Report on sanitation, dispensaries, and jails in Rajputana for 1917, and on vaccination for the year 1917-1918 - 1917-1918
Year: 1917
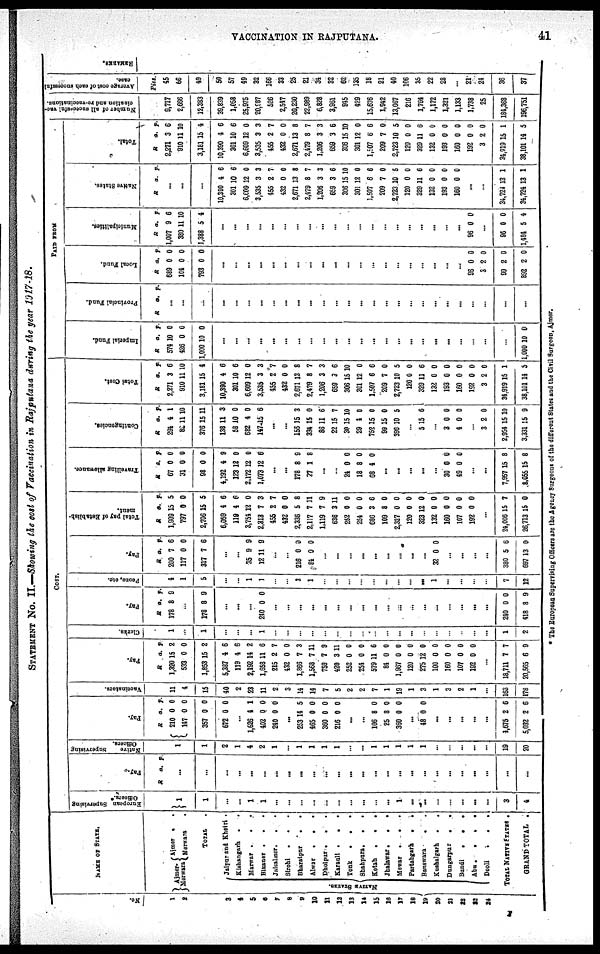
VACCINATION IN RAJPUTANA.
41
STATEMENT NO. II.—Showing the cost of Vaccination in Rajputana during the year 1917-18.
No.
1
2
3
4
5
6
7
8
9
10
11
12
13
14
15
16
17
18
19
20
21
22
23
24
NAME OF STATE.
Ajmer. .
Merwara
Ajmer . .
Merwara .
TOTAL .
NATIVE STATES
Jaipur and Khetri .
Kishangarh . .
Marwar . .
.
Bikaner .
.
.
Jaisalmer . .
.
Sirohi . . .
Bharatpur .
.
Alwar
.
.
.
Dholpur .
.
.
Karauli .
.
.
Tonk
.
.
.
Shahpura .
.
.
Kotah
.
.
.
Jhalawar .
.
.
Mewar
.
.
.
Partabgarh
.
.
Banawara
.
.
Kushalgarh
.
.
Dungarpur
.
.
Bundi
.
.
.
Abu.
.
.
.
Deoli.
.
.
TOTAL NATIVE STATES .
GRAND TOTAL .
COST.
European Supervising
Officers.*
1
1
...
...
1
1
...
...
...
...
...
...
...
...
...
...
1
...
...
...
...
...
...
...
3
4
Pay.
R
a. p.
...
...
...
...
...
...
...
...
...
...
...
...
...
...
...
...
...
...
...
...
...
...
...
...
...
...
Native
Supervising
Officers.
1
1
2
1
4
2
1
...
1
1
1
1
...
...
1
1
1
1
1
...
...
...
...
...
19
20
Pay.
R
210
147
357
672
a.
0
0
0
0
p.
0
0
0
0
...
1,626
402
240
4
0
0
1
0
0
...
253
465
360
216
14
0
0
0
5
0
0
0
...
...
106
25
360
8
8
0
0
0
0
...
48 0 0
...
...
...
...
...
4675
5,032
2
2
6
6
Vaccinators.
11
4
15
40
2
23
11
2
3
14
14
7
5
2
2
7
1
19
1
3
1
3
2
1
...
163
178
Pay.
R
1,320
533
1,853
5,387
119
2,192
1,658
215
432
1,866
1,568
759
420
252
254
579
84
1,967
120
275
100
160
107
192
a.
15
0
15
4
4
14
11
2
0
7
7
7
3
0
0
11
0
0
0
12
0
0
0
0
p.
2
0
2
6
6
2
6
7
0
3
11
9
11
0
0
6
0
0
0
0
0
0
0
0
...
18,711
20,565
7
6
7
9
Clerks.
1
...
1
...
...
...
1
...
...
...
...
...
...
...
...
...
...
...
...
...
...
...
...
...
...
1
2
Pay.
R
178
a.
8
p.
9
...
178 8 9
...
...
...
240 0 0
...
...
...
...
...
...
...
...
...
...
...
...
...
...
...
...
...
...
240
418
0
8
0
9
Peons, etc.
4
1
5
...
...
1
1
...
...
3
1
...
...
...
...
...
...
...
...
...
1
...
...
...
...
7
12
Pay.
R
200
117
317
a.
7
0
7
p.
6
0
6
...
...
35
12
9
11
9
9
...
...
216
84
0
0
0
0
...
...
...
...
...
...
...
...
...
32 0 0
...
...
...
...
380
697
5
13
6
0
Total pay of Establish-
ment.
R
1,909
797
2,706
6,059
119
3,754
2,313
455
432
2,336
2,117
1,119
636
252
254
686
109
2,327
120
323
132
160
107
192
a.
15
0
15
4
4
12
7
2
0
5
7
7
3
0
0
3
8
0
0
12
0
0
0
0
p.
5
0
5
6
6
0
3
7
0
8
11
9
11
0
0
6
0
0
0
0
0
0
0
0
...
24,006
26,713
15
15
7
0
Travelling allowance.
R
67
31
98
4,192
123
2,172
1,072
a.
0
0
0
4
12
12
12
p.
0
0
0
9
0
0
6
...
...
178
27
8
1
9
8
...
...
24
18
68
0
8
4
0
0
0
...
...
...
...
...
30
49
0
0
0
0
...
...
7,957
8,055
15
15
8
8
Contingencies.
R
294
82
376
138
58
682
147
a.
4
11
15
11
10
4
15
p.
1
10
11
3
0
0
6
...
...
156
334
86
22
30
29
752
99
396
15
15
11
15
15
4
15
15
10
3
0
6
7
10
0
0
0
5
...
5 15 6
...
3
4
0
0
0
0
...
3
2,954
3,331
2
15
15
0
10
9
Total Cost.
R
2,271
910
3,181
10,390
301
6,609
3,535
455
432
2,671
2,479
1,206
659
306
301
1,507
209
2,723
120
329
132
193
160
192
3
34,919
38,101
a.
3
11
15
4
10
12
3
2
0
13
8
3
3
15
12
6
7
10
0
11
0
0
0
0
2
15
14
p.
6
10
4
6
6
0
3
7
0
8
7
3
6
10
0
6
0
5
0
6
0
0
0
0
0
1
5
PAID FROM
Imperial Fund.
R
574
426
1,000
a
10
0
10
p.
0
0
0
...
...
...
...
...
...
...
...
...
...
...
...
...
...
...
...
...
...
...
...
...
...
...
1,000 10 0
Provincial Fund.
R
a. p.
...
...
...
...
...
...
...
...
...
...
...
...
...
...
...
...
...
...
...
...
...
...
...
...
...
...
Local Fund.
R
689
104
793
a.
0
0
0
p.
0
0
0
...
...
...
...
...
...
...
...
...
...
...
...
...
...
...
...
...
...
...
...
96
3
99
892
0
2
2
2
0
0
0
0
Municipalities.
R
1,007
380
1,388
a.
9
11
5
p.
6
10
4
...
...
...
...
...
...
...
...
...
...
...
...
...
...
...
...
...
...
...
...
96 0 0
...
96
1,484
0
5
0
4
Native States.
R a. p.
...
...
...
10,390
301
6,609
3,535
455
432
2,671
2,479
1,206
659
306
301
1,507
209
2,723
120
329
132
193
160
4
10
12
3
2
0
13
8
3
3
151
12
6
7
10
0
11
0
0
0
6
6
0
3
7
0
8
7
3
6
10
0
6
0
5
0
6
0
0
0
...
...
34,724
34,724
13
13
1
1
Total.
R
2,271
910
3,181
10,390
301
6,609
3,535
455
432
2,671
2,479
1,206
659
306
301
1,507
209
2,723
120
329
132
193
160
192
3
34,919
38,101
a.
3
11
15
4
10
12
3
2
0
13
8
3
3
15
12
6
7
10
0
11
0
0
0
0
2
15
14
p.
6
10
4
6
6
0
3
7
0
8
7
3
6
10
0
6
0
5
0
6
0
0
0
0
0
1
5
Number of all successful vac-
cination and re-vaccinations.
9,717
2,666
12,383
39,839
1,058
25,975
20,987
526
2,547
20,230
22,989
6,828
3,961
945
429
15,676
1,942
13,067
216
1,764
1,172
1,321
1,133
1,738
25
184,368
196,751
Average cost of each successful
case.
Pies.
45
66
49
50
57
49
32
166
33
25
21
34
32
62
135
18
21
40
106
35
22
28
...
21
24
36
37
REMARKS.
* The European Supervising Officers are the Agency Surgeons of the different States and the Civil Surgeon, Ajmer.
F